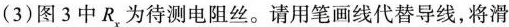
(3)图3中R，为待测电阻丝。请用笔画线代替导线，将滑